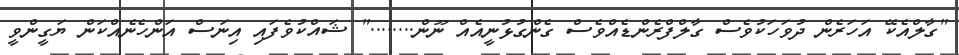
"ގާލްއެކޭ އަހަރެން ދުވަހަކުވެސް ގާލްފްރެންޑެއްވެސް ގެންގުޅުނީއެއް ނޫން........" ޝައްކުވެފައި އިނަސް އަންހެނެއްކަން ޔަގީންވީ